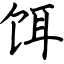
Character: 饵